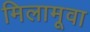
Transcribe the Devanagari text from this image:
मिलामूवा